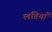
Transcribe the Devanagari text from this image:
लडियाँ